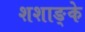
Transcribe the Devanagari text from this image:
शशाङ्के